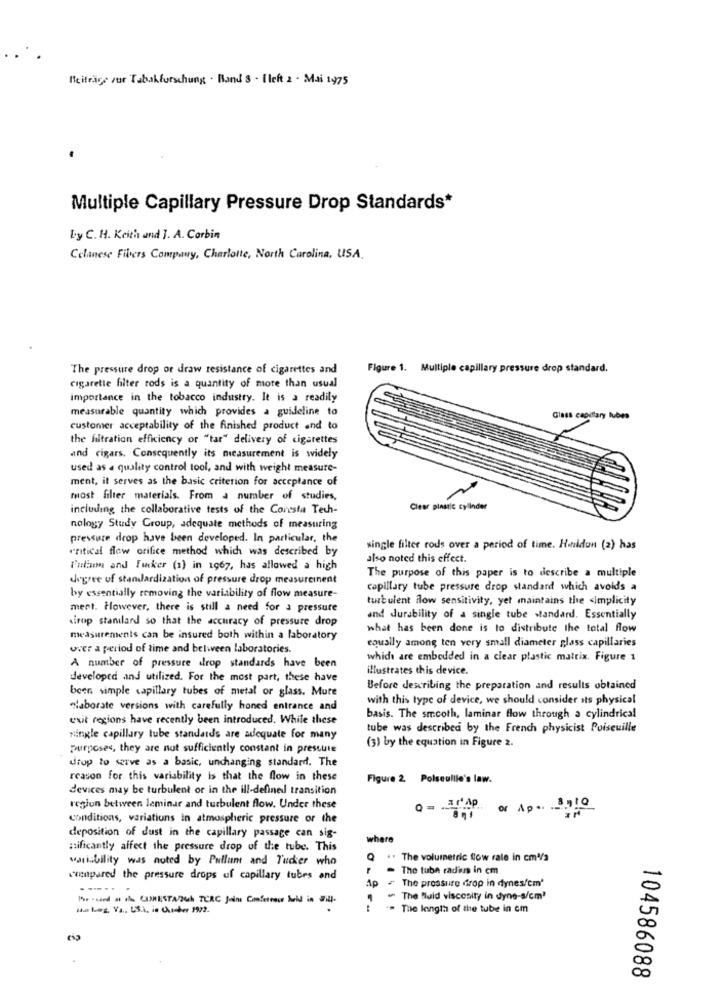
Beiträge zur Tabakforschung . Band 8 - 1left 2 . Mai 1975
Multiple Capillary Pressure Drop Standards*
Ly C.H. Keith and I. A. Corbin
Celanese Fibers Company, Charlotte, North Carolina, USA.
The pressure drop or draw resistance of cigarettes and
Figure 1. Multiple capillary pressure drop standard.
cigarette filter rods is a quantity of more than usual
importance in the tobacco industry. It is a readily
measurable quantity which provides a guideline to
Glass caouttary lubes
customer acceptability of the finished product and to
the filtration efficiency or "tar" delivery of cigarettes
and cigars. Consequently its measurement is widely
used as a quality control tool, and with weight measure-
ment, it serves as the basic criterion for acceptance of
most filter materials. From a number of studies,
including the collaborative tests of the Conesta Tech-
Clear plastic cylinder
nology Study Group, adequate methods of measuring
pressure drop have been developed. In particular, the
critical flow orifice method which was described by
single filter rods over a period of time. Hanidun (2) has
also noted this effect.
Futism and Fucker (1) in 1967, has allowed a high
The purpose of this paper is to describe a multiple
degree of standardization of pressure drop measurement
capillary tube pressure drop standard which avoids a
by essentially removing the variability of flow measure-
turbulent flow sensitivity, yet maintains the simplicity
mert. However, there is still a need for a pressure
sirop standard so that the accuracy of pressure drop
and durability of a single tube standard. Essentially
what has been done is to distribute the total flow
measurements can be insured both within a laboratory
over a period of time and between laboratories.
equally among ten very small diameter glass capillaries
whid are embedded in a clear plastic matrix. Figure 1
A number of pressure drop standards have been
illustrates this device.
developed and utilized. For the most part, these have
been simple capillary tubes of metal or glass. Mure
Before describing the preparation and results obtained
with this type of device, we should consider its physical
Naborate versions with carefully honed entrance and
exit regions have recently been introduced. While these
basis. The smooth, laminar flow through a cylindrical
tube was described by the French physicist Poiseuille
single capillary tube standards are adequate for many
purposes, they are not sufficiently constant in pressure
(3) by the equation in Figure 2.
diup to serve as a basic, unchanging standard. The
reason for this variability is that the flow in these
Figure 2. Polseullle's law.
devices may be turbulent or in the ill-definel transition
region between laminar and turbulent flow. Under these
or Ap. 8910
conditions, variations in atmospheric pressure or the
deposition of dust in the capillary passage can sig-
where
nificantly affect the pressure drop of the tube. This
variability was noted by Pullum and Tucker who
.. The volumetric flow rale in cm4/3
The tube radius in cm
cutpared the pressure drops uf capillary tubes and
The pressure drop in dynesfem'
....
Ap
Pv -sied at the CURESTA/24ch TURC Joint Conference bold in Will-
- The fluid viscosity in dyno-s/cm3
ma leg, Va .. US.), in Cuicher 1972.
The length of the tube in cm
20
20
104586088